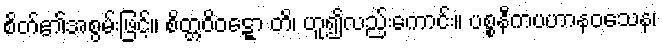
စိတ်၏အစွမ်းဖြင့်။ စိတ္တဝိဝဋ္ဋော တိ၊ ဟူ၍လည်းကောင်း။ ပစ္စနီကပဟာနဝသေန၊